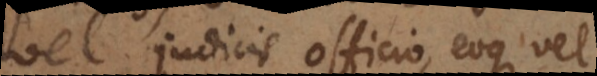
vel judicis officio, eoque vel